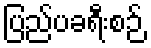
ပြည်ပခရီးစဉ်